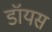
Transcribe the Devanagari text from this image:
डॉयस